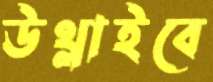
উথ্‌লাইবে